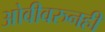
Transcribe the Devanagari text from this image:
ओवीवरुनही